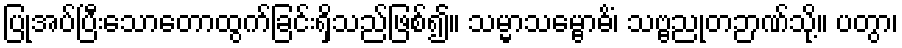
ပြုအပ်ပြီးသောတောထွက်ခြင်းရှိသည်ဖြစ်၍။ သမ္မာသမ္ဗောဓိံ၊ သဗ္ဗညုတဉာဏ်သို့။ ပတွာ၊